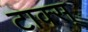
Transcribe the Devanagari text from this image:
टाक्स्